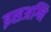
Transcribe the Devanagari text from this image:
इसअग्नि